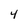
Character: 4